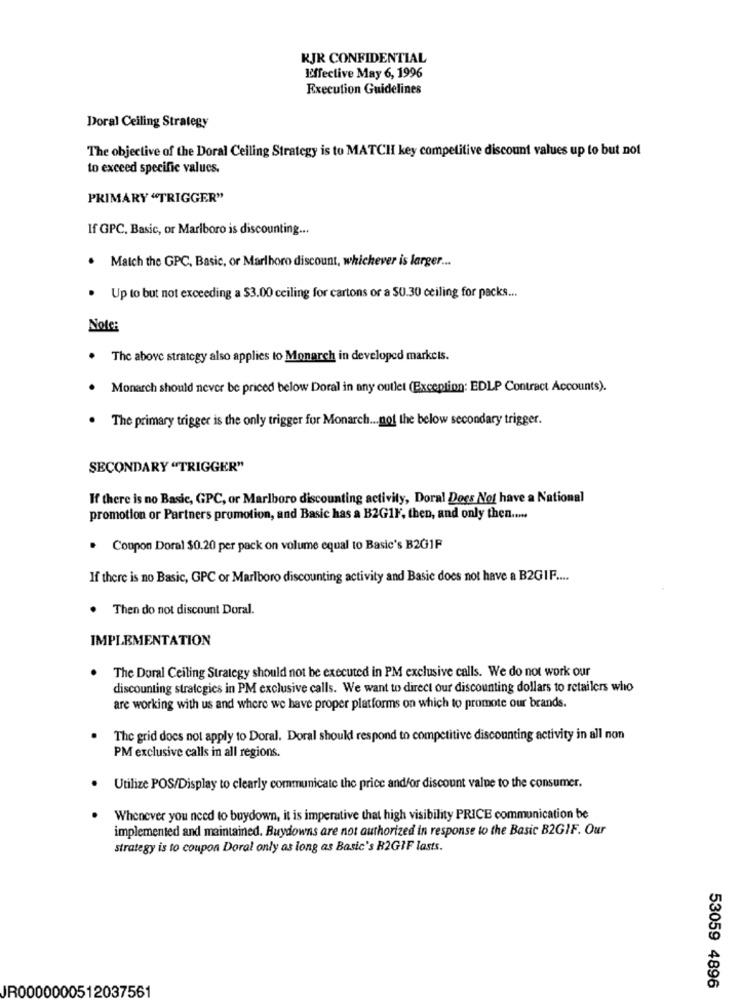
RJR CONFIDENTIAL
Effective May 6, 1996
Execution Guidelines
Doral Ceiling Strategy
The objective of the Doral Ceiling Strategy is to MATCH key competitive discount values up to but not
to exceed specific values.
PRIMARY "TRIGGER"
If GPC, Basic, or Marlboro is discounting ...
. Match the GPC, Basic, or Marlboro discount, whichever is larger ...
.
Up to but not exceeding a $3.00 cciling for cartons or a $0.30 ceiling for packs ...
Note:
The above strategy also applies to Monarch in developed markets.
. Monarch should never be priced below Doral in any outlet (Exception: EDLP Contract Accounts).
. The primary trigger is the only trigger for Monarch ... nof the below secondary trigger.
SECONDARY "TRIGGER"
If there is no Basic, GPC, or Marlboro discounting activity, Doral Does Not have a National
promotion or Partners promotion, and Basic has a B2G1F, then, and only then .....
. Coupon Doral $0.20 per pack on volume equal to Basic's B2GIF
If there is no Basic, GPC or Marlboro discounting activity and Basie does not have a B2GIF ....
Then do not discount Doral.
IMPLEMENTATION
The Doral Ceiling Strategy should not be executed in PM exclusive calls. We do not work our
discounting strategies in PM exclusive calls. We want to direct our discounting dollars to retailers who
are working with us and where we have proper platforms on which to promote our brands.
The grid does not apply to Doral. Doral should respond to competitive discounting activity in all non
PM exclusive calls in all regions.
. Utilize POS/Display to clearly communicate the price and/or discount value to the consumer.
Whenever you need to buydown, it is imperative that high visibility PRICE communication be
implemented and maintained. Buydowns are not authorized in response to the Basic B2GIF. Our
strategy is to coupon Doral only as long as Basic's B2GIF lasts.
53059 4896
JR0000000512037561